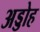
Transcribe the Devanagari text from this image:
अड्डोह